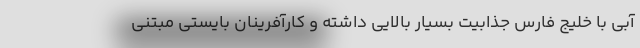
آبی با خلیج فارس جذابیت بسیار بالایی داشته و کارآفرینان بایستی مبتنی